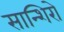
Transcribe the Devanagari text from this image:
सान्शिरो